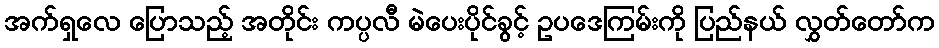
အက်ရှလေ ပြောသည့် အတိုင်း ကပ္ပလီ မဲပေးပိုင်ခွင့် ဥပဒေကြမ်းကို ပြည်နယ် လွှတ်တော်က